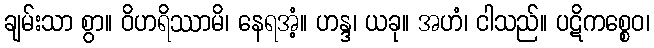
ချမ်းသာ စွာ။ ဝိဟရိဿာမိ၊ နေရအံ့။ ဟန္ဒ၊ ယခု။ အဟံ၊ ငါသည်။ ပဋိကစ္စေဝ၊